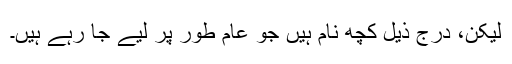
لیکن، درج ذیل کچھ نام ہیں جو عام طور پر لیے جا رہے ہیں۔